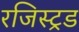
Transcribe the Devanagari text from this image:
रजिस्ट्रड